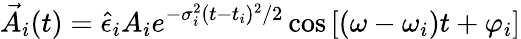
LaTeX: \vec{A}_{i}(t)=\hat{\epsilon}_{i}A_{i}e^{-\sigma_{i}^{2}(t-t_{i})^{2}/2}\cos\left[(\omega-\omega_{i})t+\varphi_{i}\right]